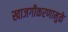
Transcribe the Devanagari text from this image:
खाजगीकरणामुळे